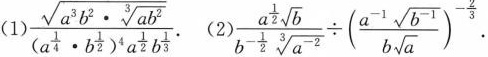
(1)$$\frac { \sqrt { a ^ { 3 } b ^ { 2 } \cdot \sqrt [ 3 ] { a b ^ { 2 } } } } { ( a ^ { \frac { 1 } { 4 } } \cdot b ^ { \frac { 1 } { 2 } } ) ^ { 4 } a ^ { \frac { 1 } { 2 } } b ^ { \frac { 1 } { 3 } } }$$. (2)$$\frac { a ^ { \frac { 1 } { 2 } } \sqrt { b } } { b ^ { - \frac { 1 } { 2 } } \sqrt [ 3 ] { a ^ { - 2 } } } \div ( \frac { a ^ { - 1 } \sqrt { b ^ { - 1 } } } { b \sqrt { a } } ) ^ { - \frac { 2 } { 3 } }$$.